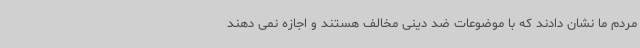
مردم ما نشان دادند که با موضوعات ضد دینی مخالف هستند و اجازه نمی دهند